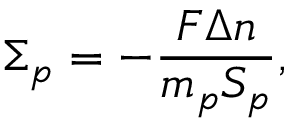
\Sigma _ { p } = - \frac { F \Delta n } { m _ { p } S _ { p } } ,